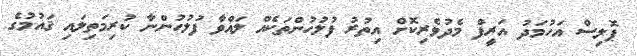
ޕޮލިސް އަހުމަދު އަރީފް މެދުވެރިކޮށް އިތުރު ފުލުހުންތަކެއް ލައްވާ ފުލުހުންނާ ކުރިމަތިލައި ޤައުމުގެ